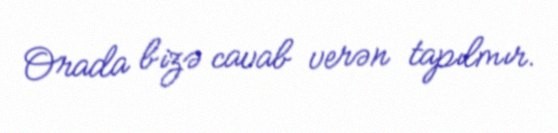
Orada bizə cavab verən tapılmır.